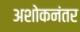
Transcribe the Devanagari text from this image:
अशोकनंतर